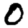
Digit: 0